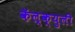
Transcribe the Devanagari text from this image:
कॅल्क्युली